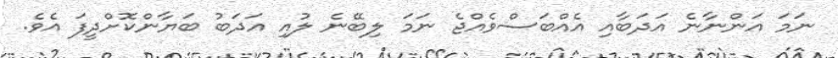
ނަމަ އަންނާނެ އަދަބާއި އެއްބަސްވެއްޖެ ނަމަ ލިބޭނެ ލުއި އަދަބު ބަޔާންކޮށްދީފަ އެވެ.